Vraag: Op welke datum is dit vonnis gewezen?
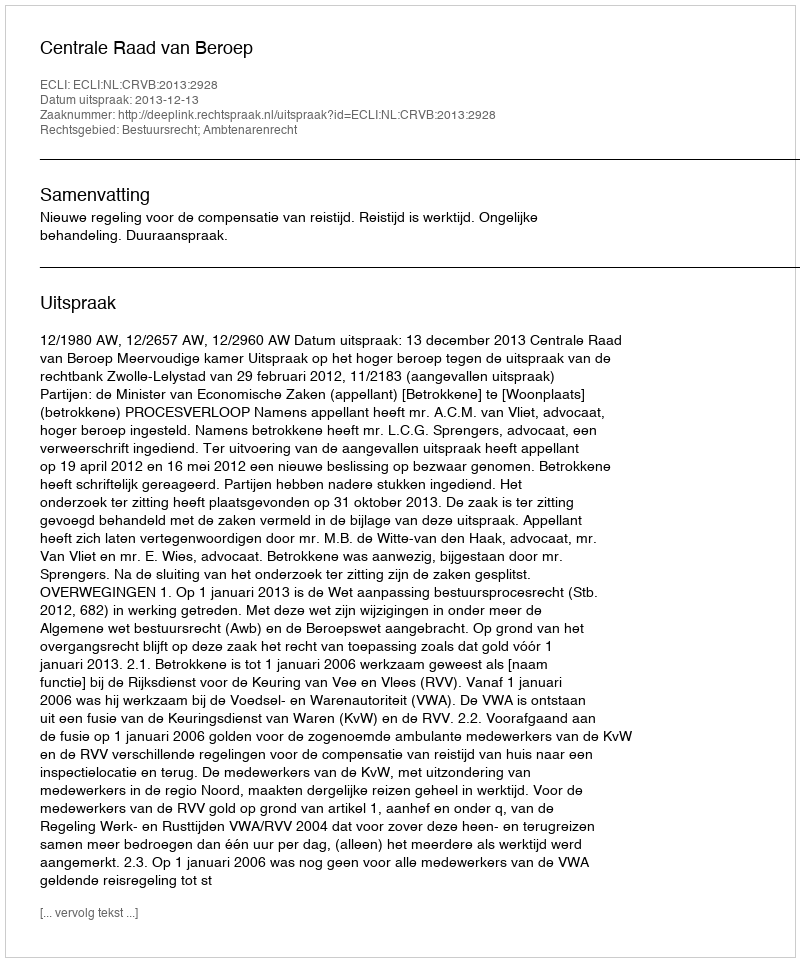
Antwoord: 2013-12-13